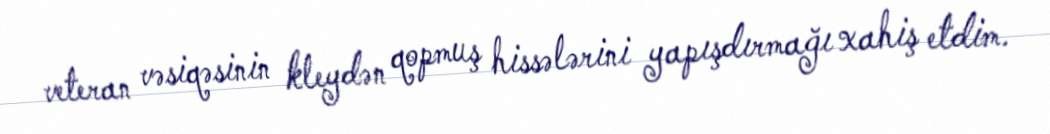
veteran vəsiqəsinin kleydən qopmuş hissələrini yapışdırmağı xahiş etdim.